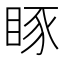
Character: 𥆋